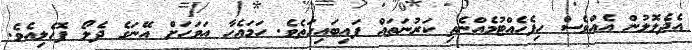
އެދެލޮލުން އެއްވެސް ހިފެހެއްޓުމެއްނެތި ކަރުނަތައް ފައިބައިގަތެވެ. ހަމައެހާ އަވަހަށް އޭނަގެ ދެލޯ ފޮހެލިއެވެ.